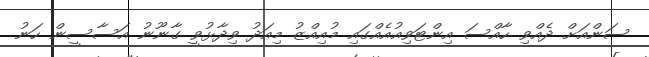
ސަންއަށް ދެއްވި ހާއްސަ އިންޓަވިއުއެއްގައި މުއިއްޒު މިއަދު ވިދާޅުވީ ގާނޫނު އަސާސީން ހަނު